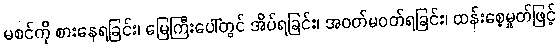
မစင်ကို စားနေရခြင်း၊ မြေကြီးပေါ်တွင် အိပ်ရခြင်း၊ အဝတ်မဝတ်ရခြင်း၊ ထန်းစေ့မှုတ်ဖြင့်